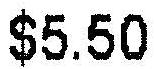
$5.50